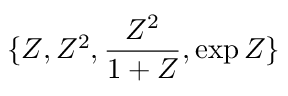
\{ Z , Z ^ { 2 } , \frac { Z ^ { 2 } } { 1 + Z } , \exp Z \}